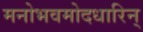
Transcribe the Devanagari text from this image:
मनोभवमोदधारिन्